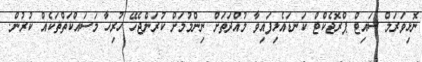
ނޮޅިވަރަމް ސައިޓް ޕްރޮޖެކްޓް ކަނޑައެޅިފައިވާ މުއްދަތަށް ނިންމުމަށް ކުރަންޖެހޭ ހުރިހާ މަސައްކަތްތަކެއް ކުރުން.